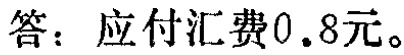
答：应付汇费0.8元。